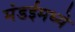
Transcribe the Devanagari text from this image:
मंडईमध्ये